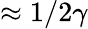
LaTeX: \approx 1/2\gamma